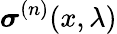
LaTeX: \boldsymbol{\sigma}^{(n)}(x,\lambda)